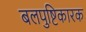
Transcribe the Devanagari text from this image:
बलपुष्टिकारक